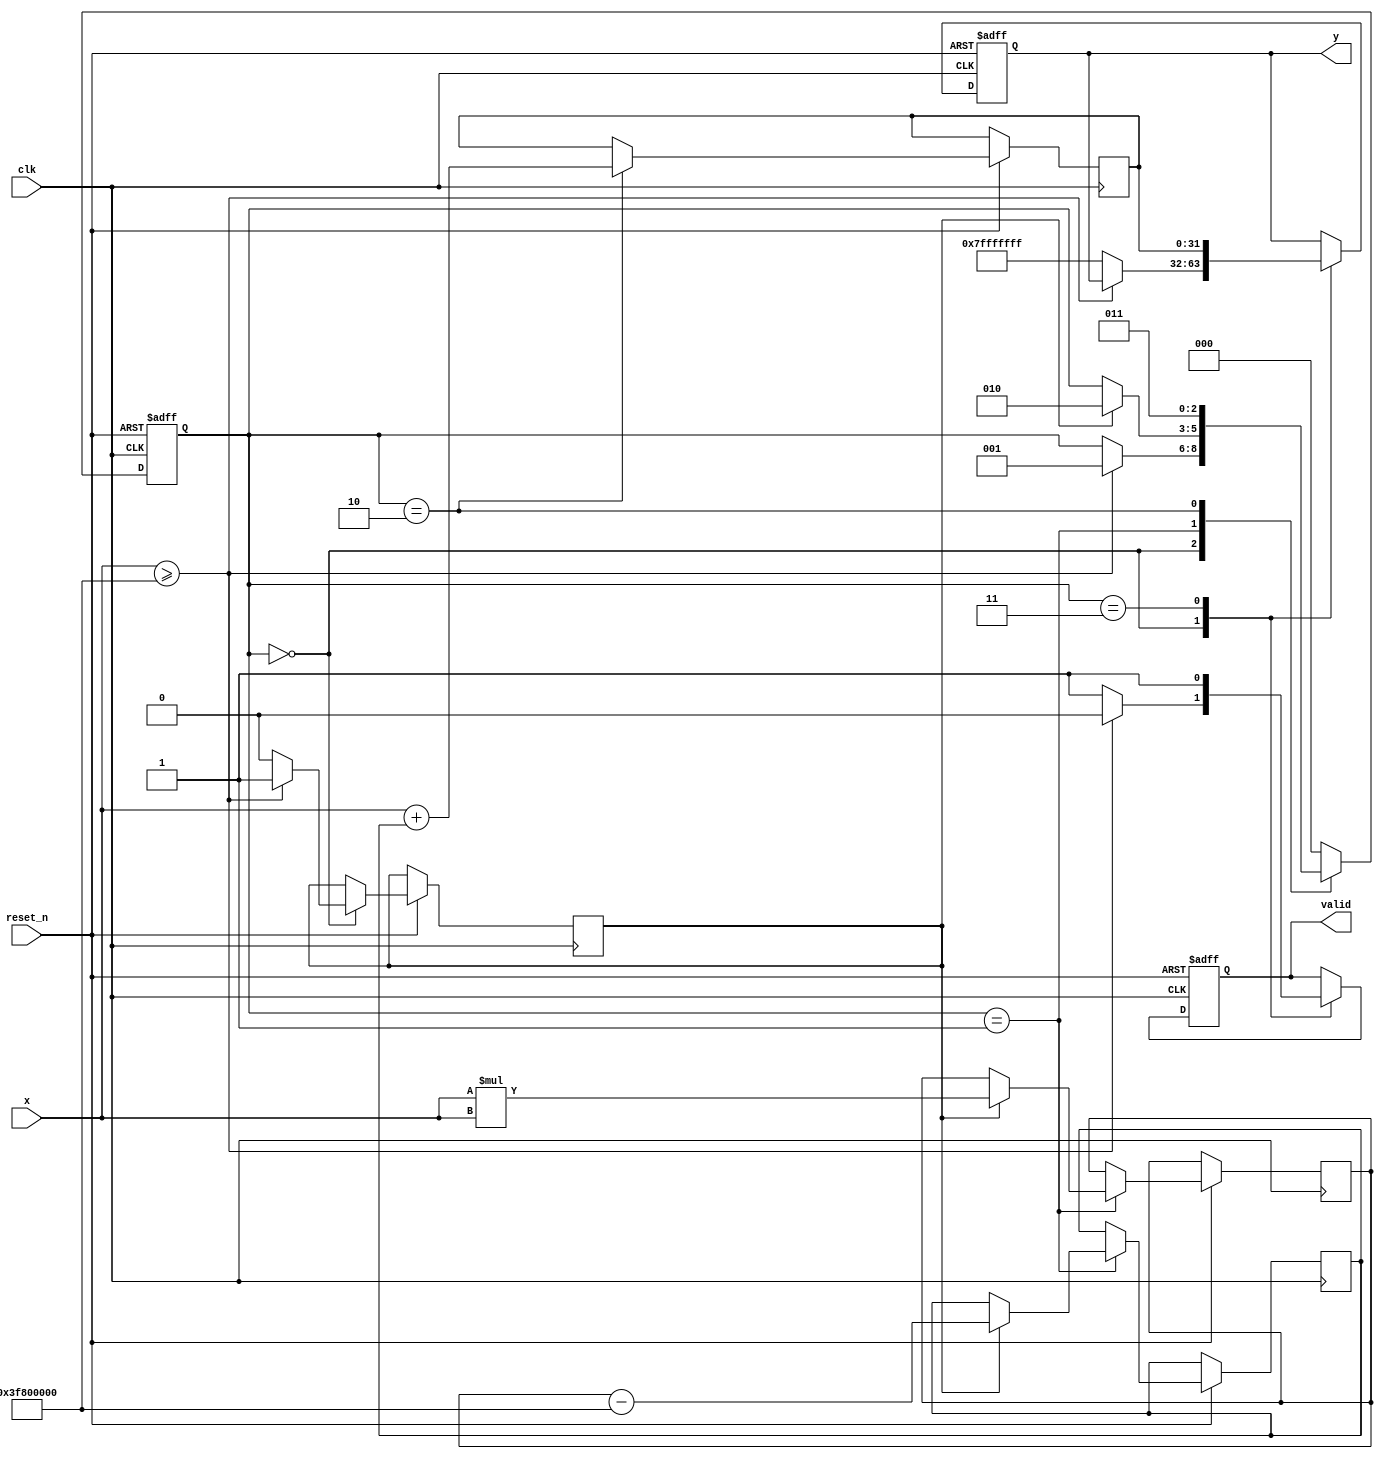
module acosh (
    input wire clk,
    input wire reset_n,
    input wire [31:0] x, // Input: 32-bit floating-point
    output reg [31:0] y, // Output: 32-bit floating-point
    output reg valid // Output signal to indicate valid output
);
    
    // Internal signals
    reg [31:0] x_sq, sqrt_term, ln_term;
    reg [2:0] state;
    reg valid_input;

    // State encoding
    localparam IDLE = 3'b000,
               VALIDATE = 3'b001,
               CALCULATE = 3'b010,
               OUTPUT = 3'b011;

    // Floating-point constants
    localparam FLOAT_ONE = 32'h3F800000; // 1.0 in IEEE 754

    // Natural logarithm approximation function (stub)
    function [31:0] ln(input [31:0] value);
        // This function should implement a more accurate ln calculation.
        // Placeholder for the actual implementation.
        ln = value; // Replace with actual ln calculation
    endfunction

    // Square root approximation function (stub)
    function [31:0] sqrt(input [31:0] value);
        // This function should implement a more accurate sqrt calculation.
        // Placeholder for the actual implementation.
        sqrt = value; // Replace with actual sqrt calculation
    endfunction

    // FSM for control logic
    always @(posedge clk or negedge reset_n) begin
        if (!reset_n) begin
            state <= IDLE;
            y <= 32'b0;
            valid <= 1'b0;
        end else begin
            case (state)
                IDLE: begin
                    valid <= 1'b0;
                    if (x >= FLOAT_ONE) begin
                        valid_input <= 1'b1;
                        state <= VALIDATE;
                    end else begin
                        valid_input <= 1'b0;
                        y <= 32'h7FFFFFFF; // Return NaN or predefined error value
                        valid <= 1'b1;
                    end
                end
                
                VALIDATE: begin
                    if (valid_input) begin
                        x_sq <= x * x; // x^2
                        sqrt_term <= sqrt(x_sq - FLOAT_ONE); // sqrt(x^2 - 1)
                        state <= CALCULATE;
                    end
                end
                
                CALCULATE: begin
                    ln_term <= ln(x + sqrt_term); // ln(x + sqrt(x^2 - 1))
                    state <= OUTPUT;
                end
                
                OUTPUT: begin
                    y <= ln_term;
                    valid <= 1'b1;
                    state <= IDLE; // Go back to IDLE for the next input
                end
                
                default: state <= IDLE; // Default case
            endcase
        end
    end
endmodule